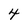
Character: 4